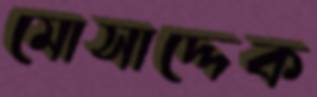
মোসাদ্দেক